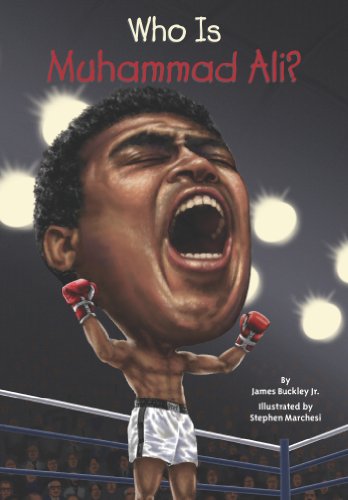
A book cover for Who Is Muhammad Ali? (Who Was...?); James Buckley; Children's Books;